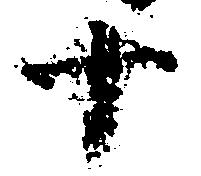
十